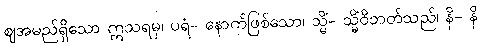
ဈအမည်ရှိသော ဣသရမှ၊ ပရံ- နောက်ဖြစ်သော၊ သ္မိံ- သ္မိံဝိဘတ်သည်၊ နိ- နိ